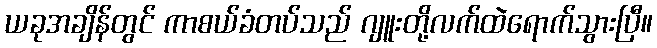
ယခုအချိန်တွင် ကာစယ်ခံတပ်သည် ဂျူးတို့လက်ထဲရောက်သွားပြီ။